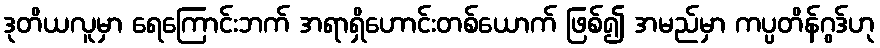
ဒုတိယလူမှာ ရေကြောင်းဘက် အရာရှိဟောင်းတစ်ယောက် ဖြစ်၍ အမည်မှာ ကပ္ပတိန်ဂွဒ်ဟု